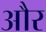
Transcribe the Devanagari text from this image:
और